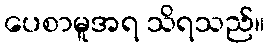
ပေစာမူအရ သိရသည်။